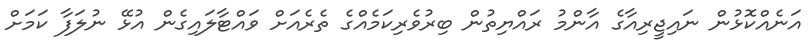
އަނެއްކޮޅުން ނައިޖީރިއާގެ އާންމު ރައްޔިތުން ބިރުވެރިކަމެއްގެ ތެރެއަށް ވައްޓާލައިގެން އުޅޭ ނުލަފާ ކަމަށް